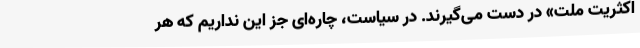
اکثریت ملت» در دست می‌گیرند. در سیاست، چاره‌ای جز این نداریم که هر